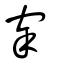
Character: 宰